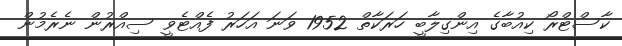
ކާސްޓްރޯ ކިއުބާގެ އިންގިލާބީ ހަރަކާތް 1952 ވަނަ އަހަރު ފެއްޓެވީ ސިއްރުން ނެރެމުން